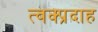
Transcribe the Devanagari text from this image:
त्वक्प्रदाह